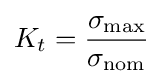
K_{t}={\frac {\sigma _{\max }}{\sigma _{\text{nom}}}}